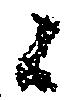
候